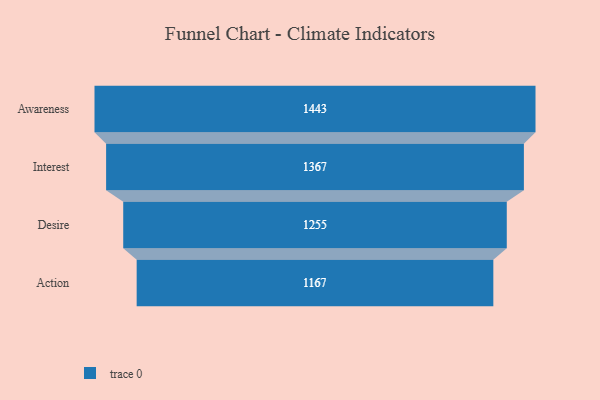
{"axis": {"x": "Stage", "y": "Value"}, "legend": [""], "data": [{"x": "Awareness", "y": 1443.0, "type": ""}, {"x": "Interest", "y": 1367.0, "type": ""}, {"x": "Desire", "y": 1255.0, "type": ""}, {"x": "Action", "y": 1167.0, "type": ""}]}